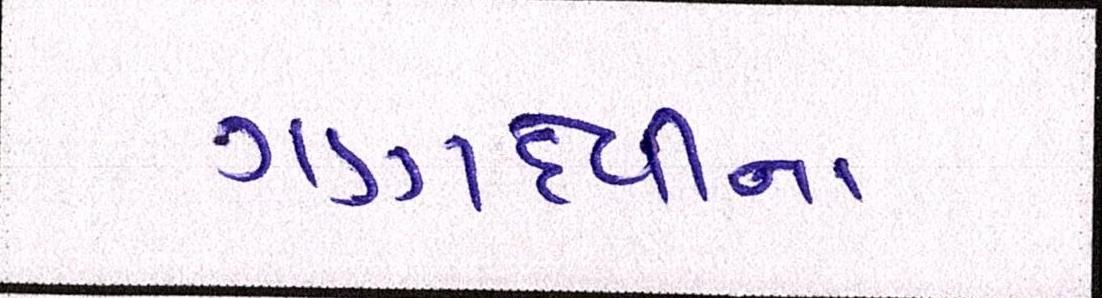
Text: ગણદેવીના